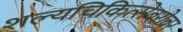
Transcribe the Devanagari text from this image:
शल्यचिकित्सेबरोबर